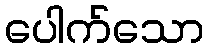
ပေါက်သော